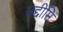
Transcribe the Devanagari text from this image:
उद्दीप्ति